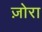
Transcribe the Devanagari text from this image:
ज़ोरा